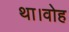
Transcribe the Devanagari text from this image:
था।वोह